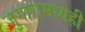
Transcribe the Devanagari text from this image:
जुगारामध्येही